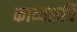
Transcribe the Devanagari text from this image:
काव्यरुचि